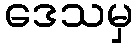
ဒေသမှ